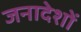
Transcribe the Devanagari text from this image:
जनादेशों